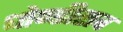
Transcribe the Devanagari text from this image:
धोण्डीराव